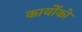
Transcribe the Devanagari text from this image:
कार्योंको